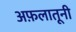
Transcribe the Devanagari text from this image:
अफ़लातूनी